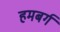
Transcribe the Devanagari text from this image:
हमबर्ग